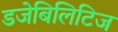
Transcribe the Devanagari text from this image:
डजेबिलिटिज